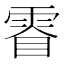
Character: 𮦓